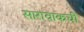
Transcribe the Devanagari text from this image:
सारावाकची